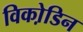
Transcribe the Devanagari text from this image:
विको़डिन